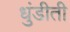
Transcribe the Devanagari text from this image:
धुंडीती